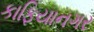
કાફિયાનગર